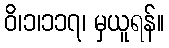
ဝိ၊၁၊၁၁၇၊ မှယူရန်။